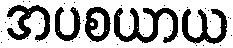
အပစယာယ